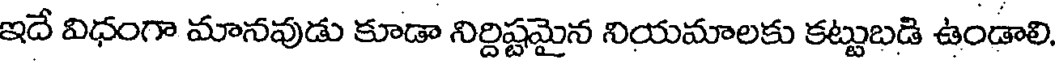
ఇదే విధంగా మానవుడు కూడా నిర్దిష్టమైన నియమాలకు కట్టుబడి ఉండాలి